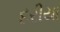
દરીયા